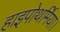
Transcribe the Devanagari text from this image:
हाइपोथर्मिया।